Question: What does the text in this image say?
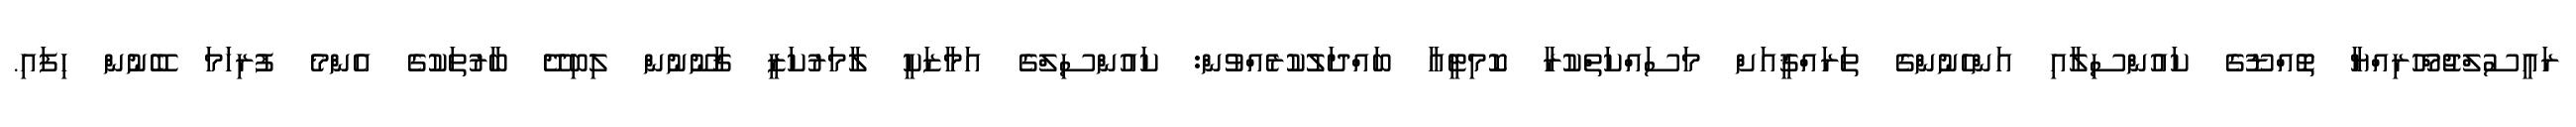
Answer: ރައީސުލްޖުމްހޫރިއްޔާ ތޮއްޑޫގެ ކައުންސިލާއި އަންހެނުންގެ ތަރައްޤީއަށް މަސައްކަތްކުރާ ކޮމިޓީއާ ބައްދަލުކުރެއްވުން: ކައުންސިލްގެ އަމާޒަކީ ލާމަރުކަޒީ ޤާނޫނުން ލިބިދޭ ބާރުތަކުގެ އެންމެ ފުރިހަމަ ބޭނުން ހިފައި.